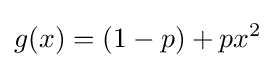
g(x)=(1-p)+px^{2}